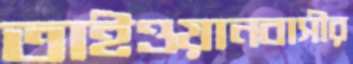
তাইওয়ানবাসীর